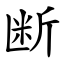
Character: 断